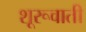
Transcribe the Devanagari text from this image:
शूरूवाती